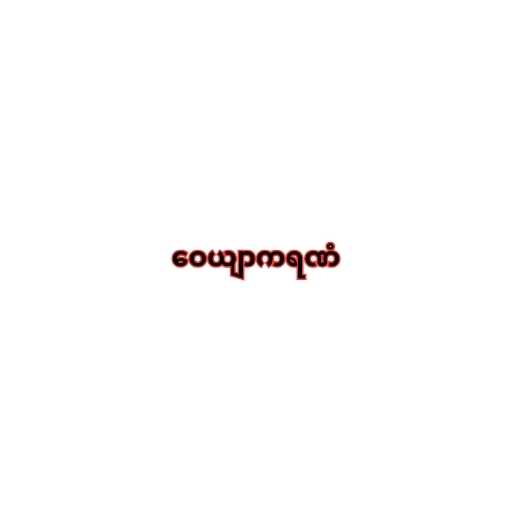
ဝေယျာကရဏံ